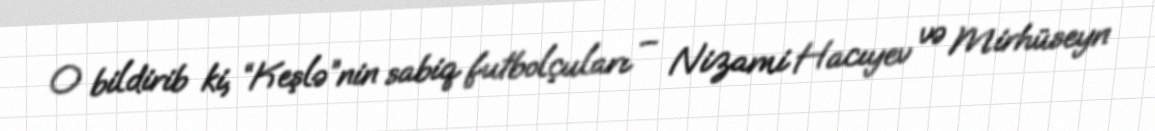
O bildirib ki, “Keşlə”nin sabiq futbolçuları – Nizami Hacıyev və Mirhüseyn